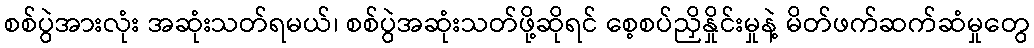
စစ်ပွဲအားလုံး အဆုံးသတ်ရမယ်၊ စစ်ပွဲအဆုံးသတ်ဖို့ဆိုရင် စေ့စပ်ညှိနှိုင်းမှုနဲ့ မိတ်ဖက်ဆက်ဆံမှုတွေ